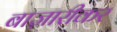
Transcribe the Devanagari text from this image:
बाज़ारीकर